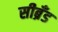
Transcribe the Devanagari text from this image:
सीब्रँड